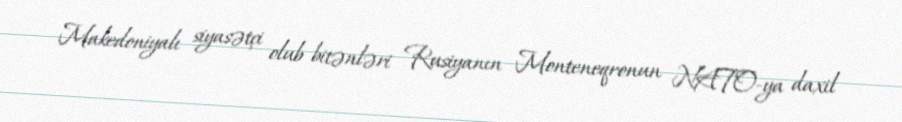
Makedoniyalı siyasətçi olub bitənləri Rusiyanın Monteneqronun NATO-ya daxil